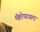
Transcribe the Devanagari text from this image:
मॅक्रोफायला